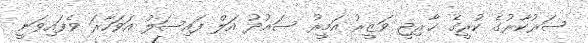
ސަރުކާރުގެ ކުރީގެ ޚާރިޖީ ވަޒީރު އަމީރު ސައުދު އަލް ފައިސަލް އަވަހާރަ ވެފައިވަނީ